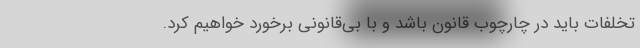
تخلفات باید در چارچوب قانون باشد و با بی‌قانونی برخورد خواهیم کرد.